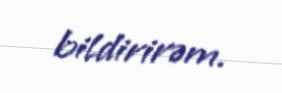
bildirirəm.